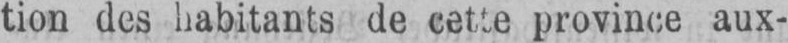
province aux-